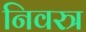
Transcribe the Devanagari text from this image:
निवस्त्र